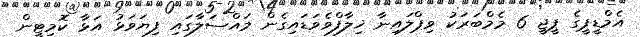
އެމްޑީޕީގެ ޕީޖީ 6 މެމްބަރަކު ވިޕްލައިނާ ޚިލާފްވެވަޑައިގެން މައްސަލާގައި ފިޔަވަޅު އަޅާ ކޮމިޓީން